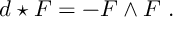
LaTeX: d \star F = - F \wedge F \ .